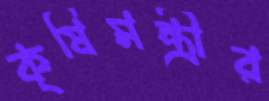
কৃষিমন্ত্রীর